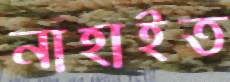
নাহাইত